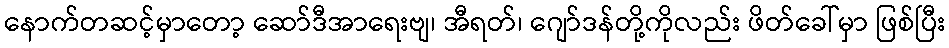
နောက်တဆင့်မှာတော့ ဆော်ဒီအာရေးဗျ၊ အီရတ်၊ ဂျော်ဒန်တို့ကိုလည်း ဖိတ်ခေါ်မှာ ဖြစ်ပြီး